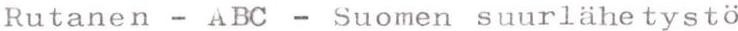
Rutanen - ABC - Suomen suurlähetystö